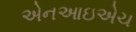
એનઆઇએચ